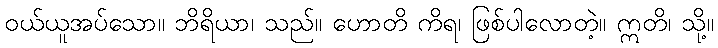
ဝယ်ယူအပ်သော။ ဘိရိယာ၊ သည်။ ဟောတိ ကိရ၊ ဖြစ်ပါလောတဲ့။ ဣတိ၊ သို့။